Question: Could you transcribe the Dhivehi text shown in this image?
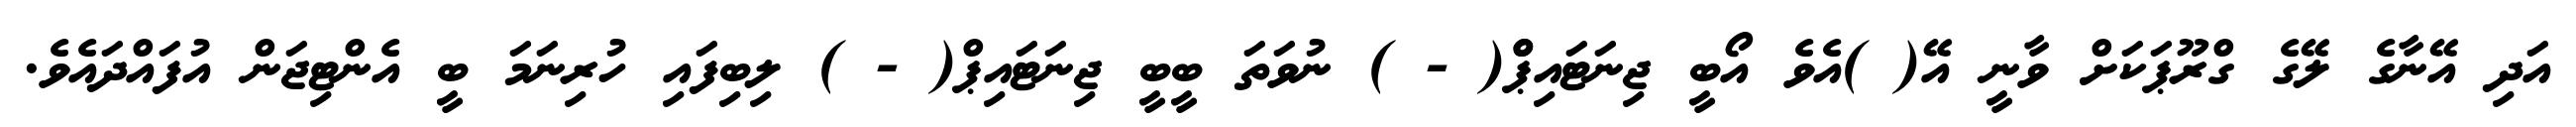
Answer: އަދި އޭނާގެ ލޭގެ ގްރޫޕަކަށް ވާނީ އޭ( )އެވެ އޯބީ ޖިނަޓައިޕްް( - ) ނުވަތަ ބީބީ ޖިނަޓައިޕް( - ) ލިބިފައި ހުރިނަމަ ބީ އެންޓިޖަން އުފައްދައެވެ.